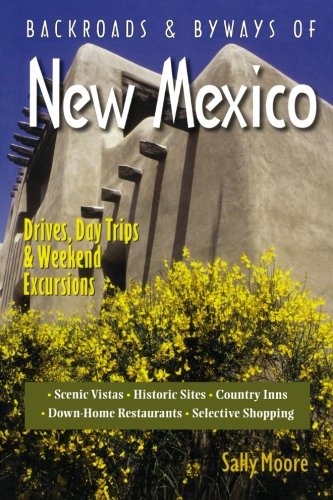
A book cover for Backroads & Byways of New Mexico: Drives, Day Trips & Weekend Excursions; Sally Moore; Travel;